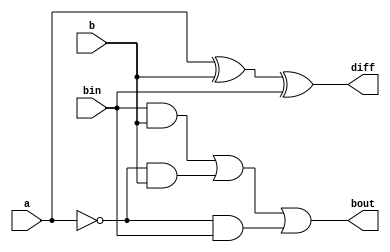
`ifndef SUBTRACTOR
`define SUBTRACTOR
`timescale 1ns/100ps

module fullsubtractor (
    output wire diff, bout, /*p, g,*/
    input wire a, b, bin
);
    xor (diff, a, b, bin);
    not (abar, a);
    not (bbar, b);
    not (binbar, bin);
    and (g, abar, b);
    and (abarbin, abar, bin);
    and (binb, bin, b);
    or (bout, binb, g, abarbin);
    or (p, abar, b);

endmodule

module RBS8bit (
    output wire [7:0] ans,
    output wire borrow,
    input wire [7:0] X, Y, 
    input wire bin
);
    wire [8:0] intermediate_borrows;
    buf (intermediate_borrows[0], bin);
    fullsubtractor f[7:0] (ans[7:0], intermediate_borrows[8:1], X[7:0], Y[7:0], intermediate_borrows[7:0]); 
    buf(borrow, intermediate_borrows[8]);
endmodule


module RBS5bit (
    output wire [4:0] ans,
    output wire borrow,
    input wire [4:0] X, Y, 
    input wire bin
);
    wire [5:0] intermediate_borrows;
    buf (intermediate_borrows[0], bin);
    fullsubtractor f[4:0] (ans[4:0], intermediate_borrows[5:1], X[4:0], Y[4:0], intermediate_borrows[4:0]);
    buf(borrow, intermediate_borrows[5]);
endmodule

module RBS4bit (
    output wire [3:0] ans,
    output wire borrow,
    input wire [3:0] X, Y, 
    input wire bin
);
    wire [4:0] intermediate_borrows;
    buf (intermediate_borrows[0], bin);
    fullsubtractor f[3:0] (ans[3:0], intermediate_borrows[4:1], X[3:0], Y[3:0], intermediate_borrows[3:0]); 
    buf(borrow, intermediate_borrows[4]);
endmodule

`endif